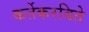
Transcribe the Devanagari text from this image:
कर्तेकरविते